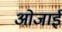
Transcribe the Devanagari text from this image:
ओजाई